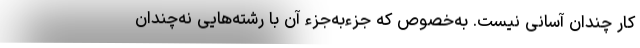
کار چندان آسانی نیست. به‌خصوص که جزءبه‌جزء آن با رشته‌هایی نه‌چندان